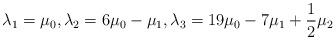
LaTeX: \begin{align*} \lambda_1=\mu_0, \lambda_2 = 6\mu_0-\mu_1, \lambda_3 = 19\mu_0-7\mu_1 + \frac{1}{2}\mu_2\end{align*}